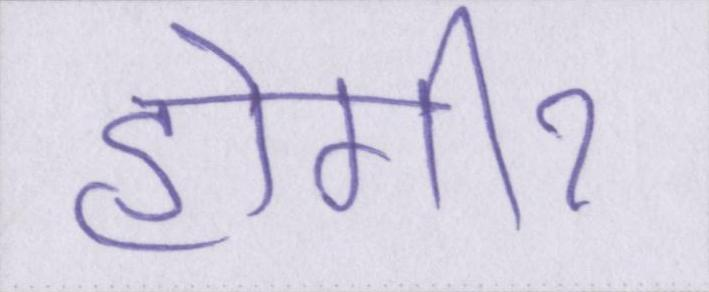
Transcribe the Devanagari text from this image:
होगीॽ